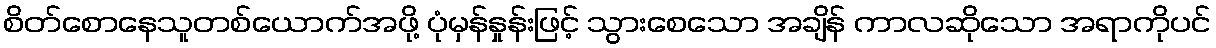
စိတ်စောနေသူတစ်ယောက်အဖို့ ပုံမှန်နှုန်းဖြင့် သွားစေသော အချိန် ကာလဆိုသော အရာကိုပင်